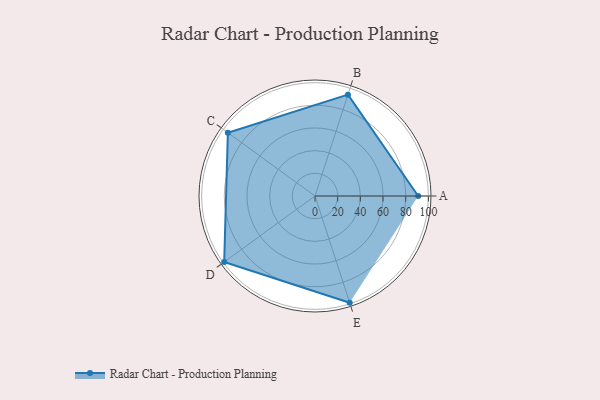
{"axis": {"x": "Skill", "y": "Score"}, "legend": ["Profile"], "data": [{"x": "A", "y": 91.0, "type": "Profile"}, {"x": "B", "y": 94.0, "type": "Profile"}, {"x": "C", "y": 95.0, "type": "Profile"}, {"x": "D", "y": 99, "type": "Profile"}, {"x": "E", "y": 99, "type": "Profile"}]}